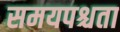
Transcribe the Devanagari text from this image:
समयपश्चता